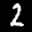
Label: 2